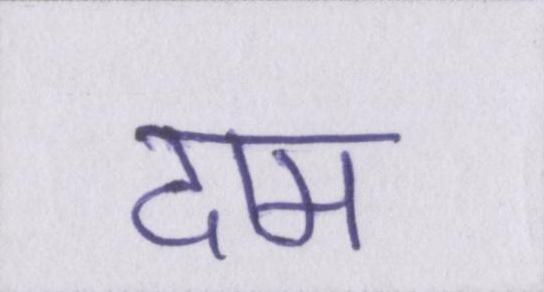
दाम